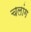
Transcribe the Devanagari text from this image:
चलांग